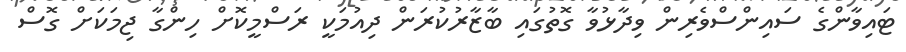
ޓައިވާންގެ ސައިންސްވެރިން ވިދާޅުވާ ގޮތުގައި ބާޒާރުކުރަން ދިއުމަކީ ރަސްމީކޮށް ހިންގާ ޖިމަކަށް ގޮސް